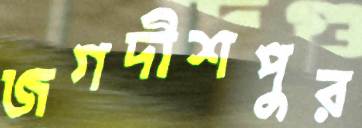
জগদীশপুর